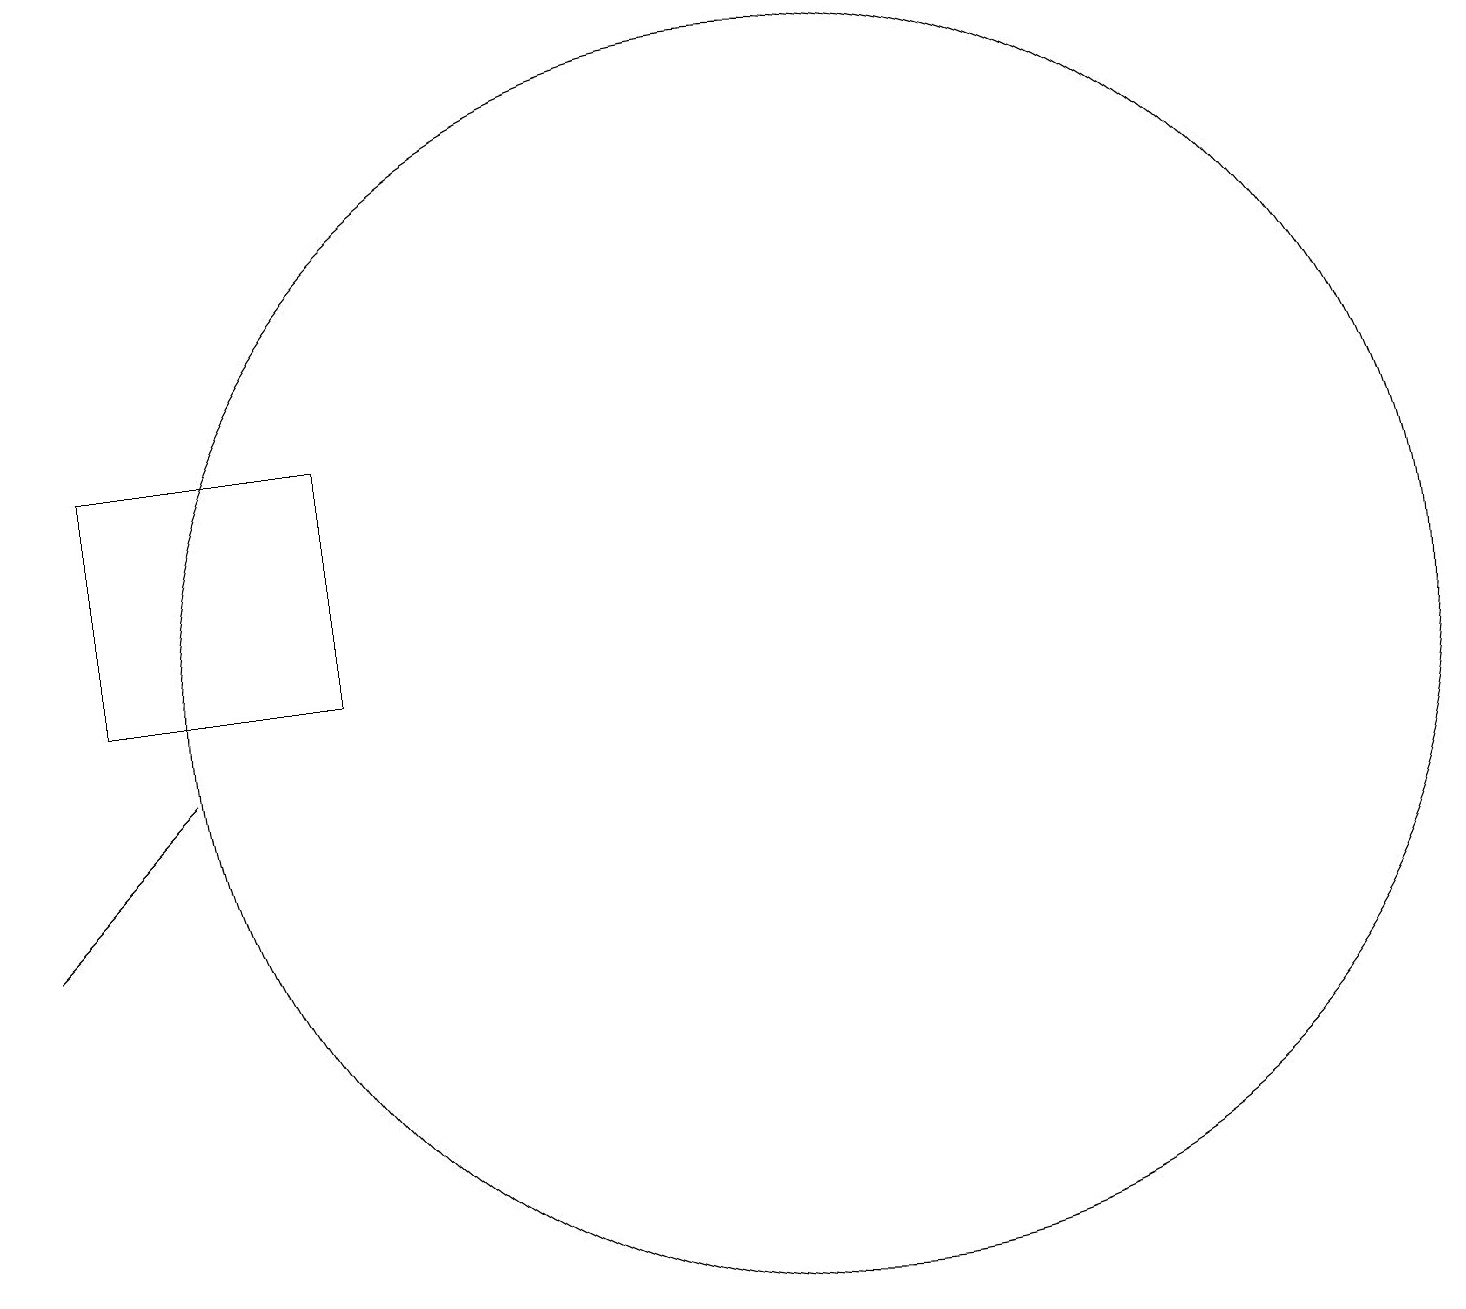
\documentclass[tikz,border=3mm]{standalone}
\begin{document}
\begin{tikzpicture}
\draw (1,10) rectangle (4,13);
\draw (10,10) circle (8);
\draw (1,8) -- (0,7) -- (2,9) -- cycle;
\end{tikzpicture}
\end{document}